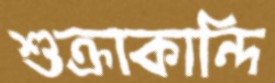
শুক্রাকান্দি